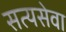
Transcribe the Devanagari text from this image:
सत्यसेवा